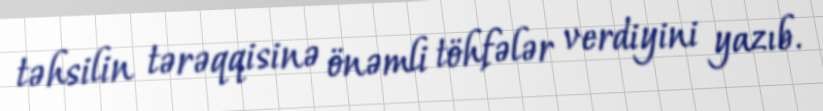
təhsilin tərəqqisinə önəmli töhfələr verdiyini yazıb.